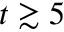
t \gtrsim 5